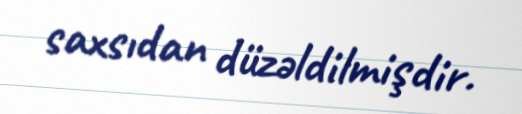
saxsıdan düzəldilmişdir.